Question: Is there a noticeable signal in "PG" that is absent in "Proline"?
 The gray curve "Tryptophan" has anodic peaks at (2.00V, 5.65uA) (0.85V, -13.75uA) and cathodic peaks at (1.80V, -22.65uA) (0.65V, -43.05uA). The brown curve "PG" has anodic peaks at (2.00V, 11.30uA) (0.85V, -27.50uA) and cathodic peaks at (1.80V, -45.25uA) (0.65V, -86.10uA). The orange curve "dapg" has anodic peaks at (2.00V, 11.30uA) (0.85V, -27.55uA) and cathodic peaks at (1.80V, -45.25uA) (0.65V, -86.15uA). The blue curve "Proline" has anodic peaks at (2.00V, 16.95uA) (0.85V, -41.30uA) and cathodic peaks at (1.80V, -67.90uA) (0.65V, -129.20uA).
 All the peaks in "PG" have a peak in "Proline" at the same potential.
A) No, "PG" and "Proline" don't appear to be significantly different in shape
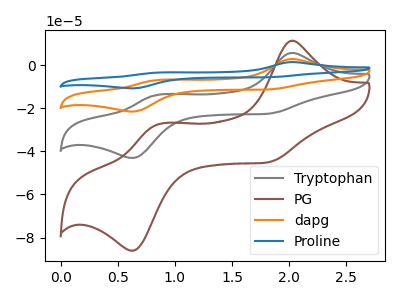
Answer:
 <answer>A) No, "PG" and "Proline" don't appear to be significantly different in shape</answer>
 <eval>A</eval>